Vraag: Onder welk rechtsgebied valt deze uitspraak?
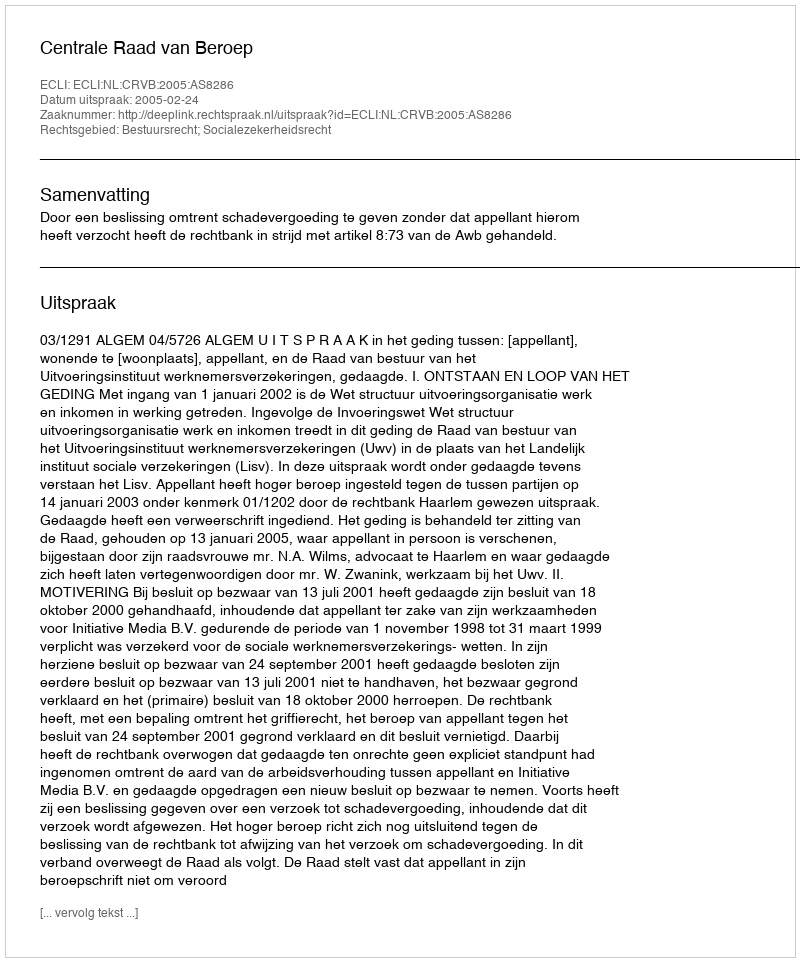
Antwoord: Bestuursrecht; Socialezekerheidsrecht